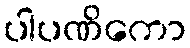
ပါပဏိကော